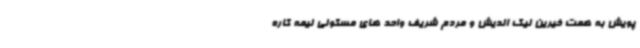
پویش به همت خیرین نیک اندیش و مردم شریف واحد های مسکونی نیمه کاره